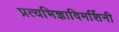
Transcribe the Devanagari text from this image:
प्रत्यभिज्ञाविमर्शिनी